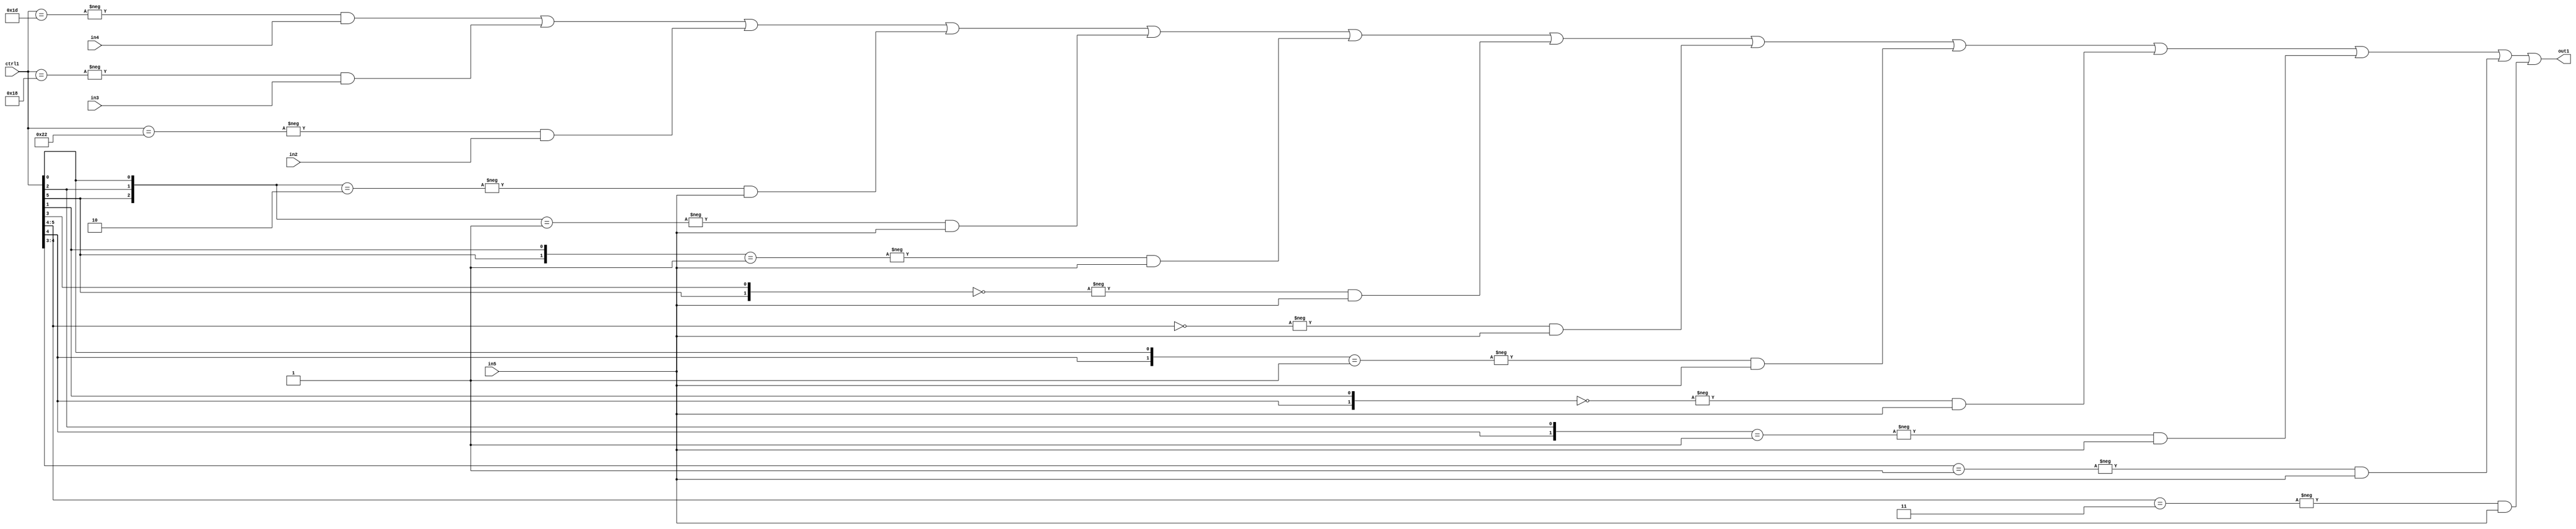
`timescale 1ps / 1ps
/*****************************************************************************
    Verilog RTL Description
    
    
    Created by: Stratus DpOpt 21.05.01 
*******************************************************************************/

module SobelFilter_N_Mux_32_4_43_1 (
	in5,
	in4,
	in3,
	in2,
	ctrl1,
	out1
	); /* architecture "behavioural" */ 
input [31:0] in5;
input [8:0] in4,
	in3,
	in2;
input [5:0] ctrl1;
output [31:0] out1;
wire [31:0] asc001;

assign asc001 = 
	-{ctrl1 == 6'B011101} & in4 |
	-{ctrl1 == 6'B011000} & in3 |
	-{ctrl1 == 6'B100010} & in2 |
	-{{ctrl1[5], ctrl1[2], ctrl1[0]} == 3'B010} & in5 |
	-{{ctrl1[5], ctrl1[2], ctrl1[0]} == 3'B001} & in5 |
	-{{ctrl1[5], ctrl1[1]} == 2'B01} & in5 |
	-{{ctrl1[5], ctrl1[3]} == 2'B00} & in5 |
	-{ctrl1[5:4] == 2'B00} & in5 |
	-{{ctrl1[4], ctrl1[0]} == 2'B01} & in5 |
	-{{ctrl1[4], ctrl1[1]} == 2'B00} & in5 |
	-{{ctrl1[4], ctrl1[2]} == 2'B01} & in5 |
	-{ctrl1[4:3] == 2'B01} & in5 |
	-{ctrl1[5:4] == 2'B11} & in5 ;

assign out1 = asc001;
endmodule

/* CADENCE  vLH0SwE= : u9/ySxbfrwZIxEzHVQQV8Q== ** DO NOT EDIT THIS LINE ******/